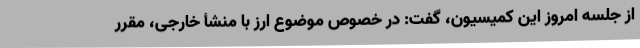
از جلسه امروز این کمیسیون، گفت: در خصوص موضوع ارز با منشأ خارجی، مقرر